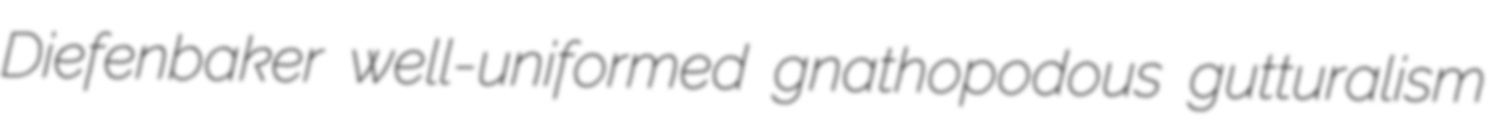
Diefenbaker well-uniformed gnathopodous gutturalism